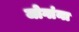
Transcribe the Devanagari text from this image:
जोगांना